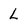
Character: L